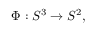
\Phi : S ^ { 3 } \rightarrow S ^ { 2 } ,